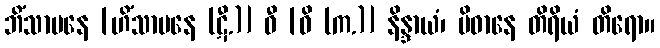
ဘိံသာပနေ [ဟိံသာပနေ (ဋီ.)] ဓီ [ဓိ (က.)] နိန္ဒာယံ၊ ပိဓာနေ တိရိယံ တိရော။